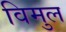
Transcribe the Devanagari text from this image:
विमुल